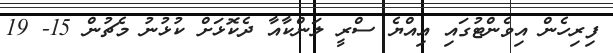
ފިރިހެން އިވެންޓުގައި އިއްޔެ ސްރީ ލަންކާއާ ދެކޮޅަށް ކުޅުނު މެޗުން 15- 19